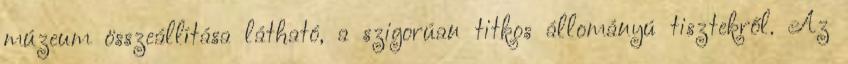
múzeum összeállítása látható, a szigorúan titkos állományú tisztekről. Az